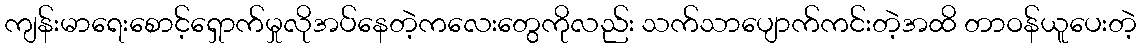
ကျန်းမာရေးစောင့်ရှောက်မှုလိုအပ်နေတဲ့ကလေးတွေကိုလည်း သက်သာပျောက်ကင်းတဲ့အထိ တာဝန်ယူပေးတဲ့